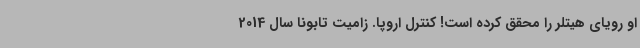
او رویای هیتلر را محقق کرده است! کنترل اروپا. زامیت تابونا سال 2014